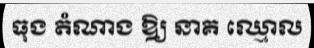
ធុង តំណាង ឱ្យ នាគ ឈ្មោល